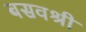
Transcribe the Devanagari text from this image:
बसवश्री